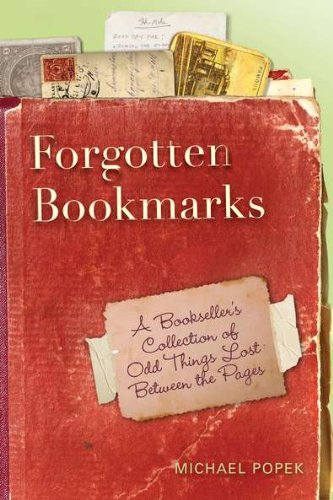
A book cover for Forgotten Bookmarks: A Bookseller's Collection of Odd Things Lost Between the Pages; Michael Popek; Crafts, Hobbies & Home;